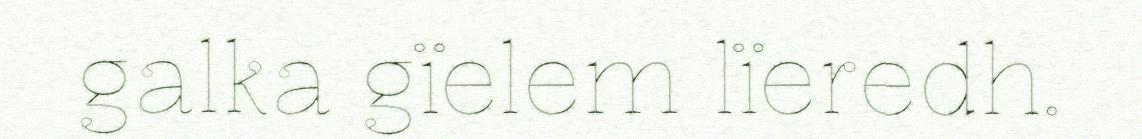
galka gïelem lïeredh.